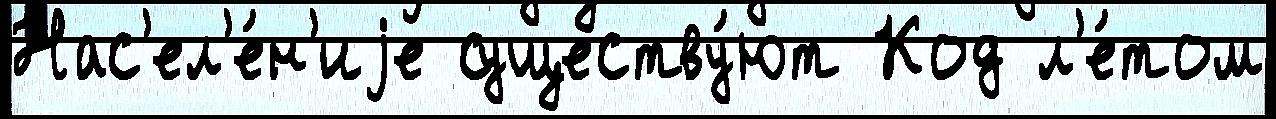
Нас'ел'е́н'иjе существу́ют Код л'е́том